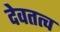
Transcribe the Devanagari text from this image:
देवतत्व